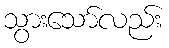
သွားသော်လည်း